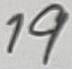
Text: 19